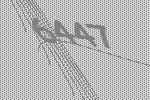
6447